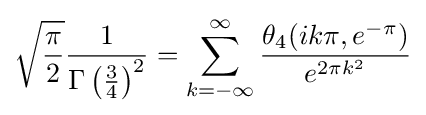
{\sqrt {\frac {\pi }{2}}}{\frac {1}{\Gamma \left({\frac {3}{4}}\right)^{2}}}=\sum _{k=-\infty }^{\infty }{\frac {\theta _{4}(ik\pi ,e^{-\pi })}{e^{2\pi k^{2}}}}